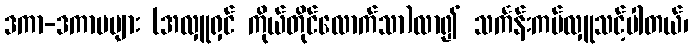
ဒကာ-ဒကာမများ (အလှူရှင် ကိုယ်တိုင်လောက်သာ)လာ၍ သင်္ကန်းကပ်လှူသင့်ပါတယ်၊